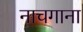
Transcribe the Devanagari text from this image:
नाचगाना